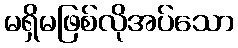
မရှိမဖြစ်လိုအပ်သော